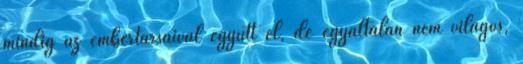
mindig az embertársaival együtt él, de egyáltalán nem világos,